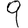
Digit: 9